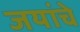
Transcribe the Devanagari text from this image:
जयांचे